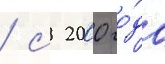
/ с 2000 го́да